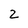
Character: 2